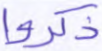
ذكروا